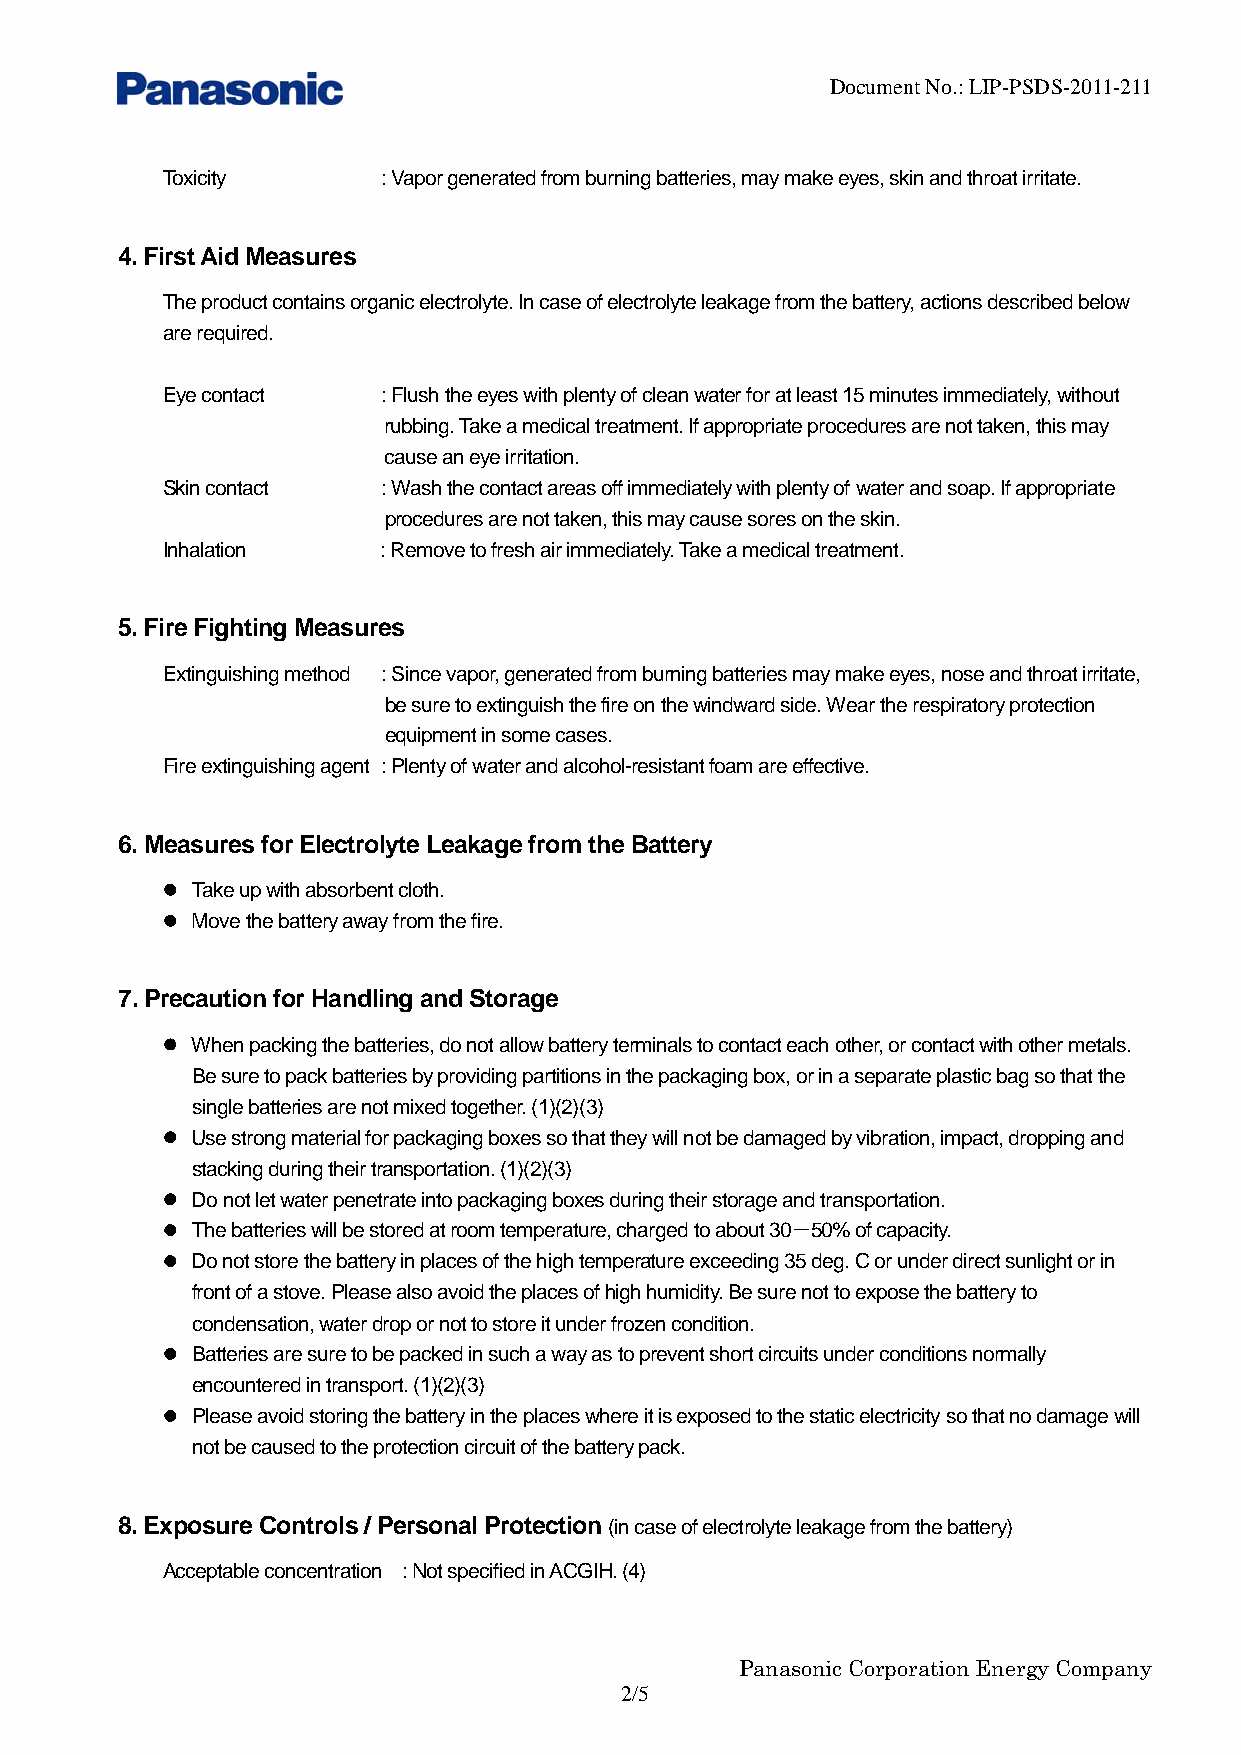
Document No.: LIP-PSDS-2011-211
 Toxicity      : Vapor generated from burning batteries, may make eyes, skin and throat irritate.
 4. First Aid Measures
 The product contains organic electrolyte. In case of electrolyte leakage from the battery, actions described below
 are required.
 Eye contact   : Flush the eyes with plenty of clean water for at least 15 minutes immediately, without
 rubbing. Take a medical treatment. If appropriate procedures are not taken, this may
 cause an eye irritation.
 Skin contact  : Wash the contact areas off immediately with plenty of water and soap. If appropriate
 procedures are not taken, this may cause sores on the skin.
 Inhalation    : Remove to fresh air immediately. Take a medical treatment.
 5. Fire Fighting Measures
 Extinguishing method : Since vapor, generated from burning batteries may make eyes, nose and throat irritate,
 be sure to extinguish the fire on the windward side. Wear the respiratory protection
 equipment in some cases.
 Fire extinguishing agent : Plenty of water and alcohol-resistant foam are effective.
 6. Measures for Electrolyte Leakage from the Battery
 Take up with absorbent cloth.
 Move the battery away from the fire.
 7. Precaution for Handling and Storage
 When packing the batteries, do not allow battery terminals to contact each other, or contact with other metals.
 Be sure to pack batteries by providing partitions in the packaging box, or in a separate plastic bag so that the
 single batteries are not mixed together. (1)(2)(3)
 Use strong material for packaging boxes so that they will not be damaged by vibration, impact, dropping and
 stacking during their transportation. (1)(2)(3)
 Do not let water penetrate into packaging boxes during their storage and transportation.
 The batteries will be stored at room temperature, charged to about 30－50% of capacity.
 Do not store the battery in places of the high temperature exceeding 35 deg. C or under direct sunlight or in
 front of a stove. Please also avoid the places of high humidity. Be sure not to expose the battery to
 condensation, water drop or not to store it under frozen condition.
 Batteries are sure to be packed in such a way as to prevent short circuits under conditions normally
 encountered in transport. (1)(2)(3)
 Please avoid storing the battery in the places where it is exposed to the static electricity so that no damage will
 not be caused to the protection circuit of the battery pack.
 8. Exposure Controls / Personal Protection (in case of electrolyte leakage from the battery)
 Acceptable concentration : Not specified in ACGIH. (4)
 Panasonic Corporation Energy Company
 2/5